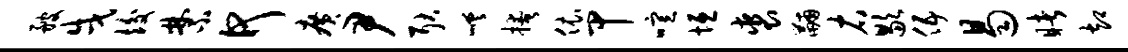
艘戌竣禁何广尹耿嵯掩依甲喧垣裘黼右歇伍曷睹却